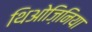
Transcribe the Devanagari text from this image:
थिओज़िनिया